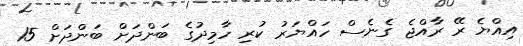
އިއްޔެ ރޭ ރާއްޖެ ގެނެސް ހައްޔަރު ކުރި ހާމިދުގެ ބަންދަށް ބަންދަށް 15